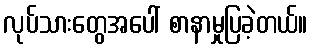
လုပ်သားတွေအပေါ် စာနာမှုပြခဲ့တယ်။